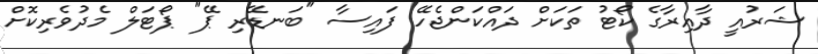
ޝަރުއީ ދާއިރާގެ ކޯޓު ތަކަށް ދައްކަންޖެހޭ ފައިސާ "ބަނޑޭރި ޕޭ" ޕޯޓަލް މެދުވެރިކޮށް